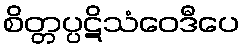
စိတ္တပ္ပဋိသံဝေဒီပေ